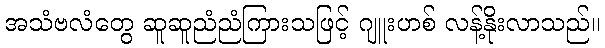
အသံဗလံတွေ ဆူဆူညံညံကြားသဖြင့် ဂျူးဟစ် လန့်နိုးလာသည်။